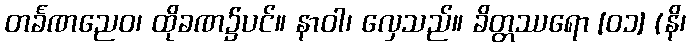
တင်္ခဏညေဝ၊ ထိုခဏ၌ပင်။ နာဝါ၊ လှေသည်။ ခိတ္တဿရော [၀၁] (နိ၊